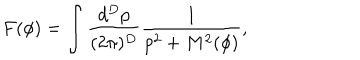
LaTeX: F ( \phi ) = \int \frac { d ^ { D } p } { ( 2 \pi ) ^ { D } } \frac { 1 } { p ^ { 2 } + M ^ { 2 } ( \phi ) } ,